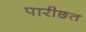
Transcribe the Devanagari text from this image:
पारीछत